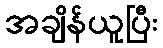
အချိန်ယူပြီး